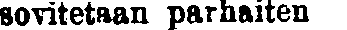
sovitetaan parhaiten